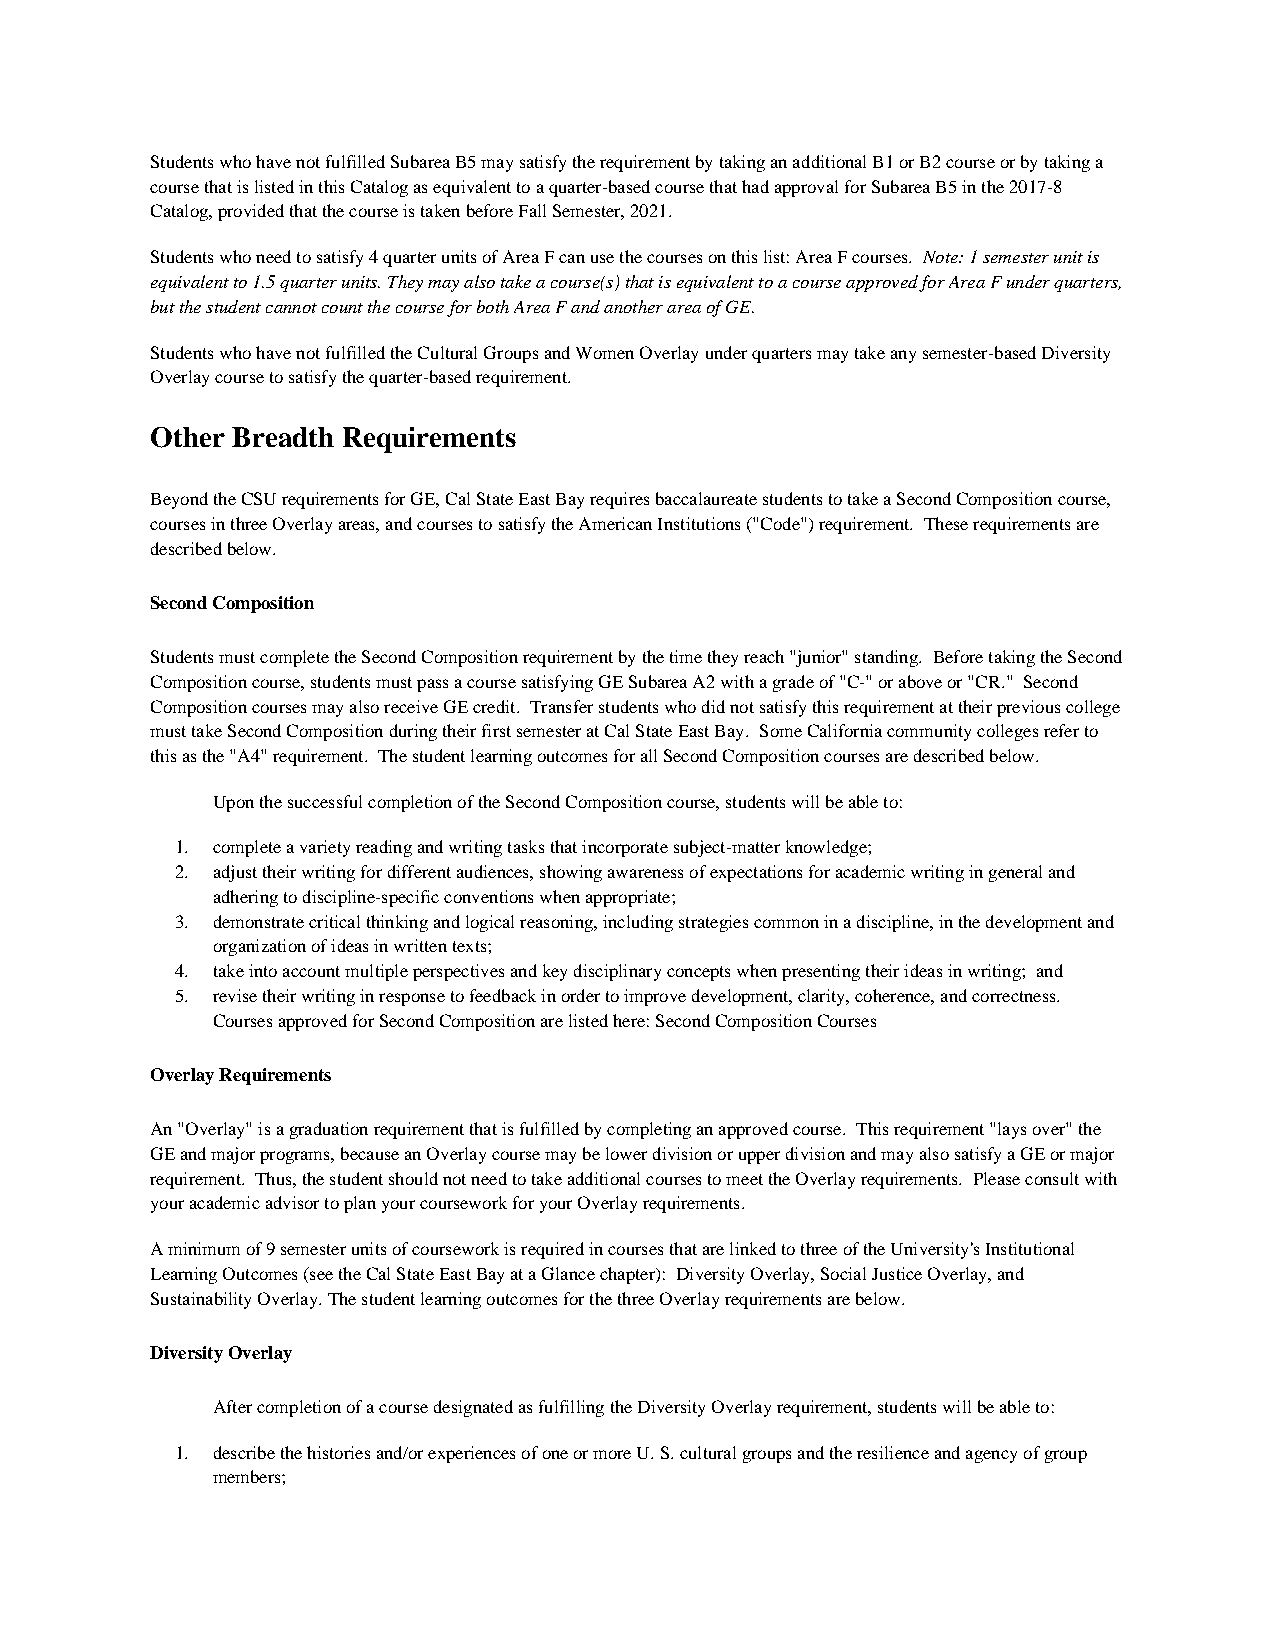
Students who have not fulfilled Subarea B5 may satisfy the requirement by taking an additional B1 or B2 course or by taking a
 course that is listed in this Catalog as equivalent to a quarter-based course that had approval for Subarea B5 in the 2017-8
 Catalog, provided that the course is taken before Fall Semester, 2021.
 Students who need to satisfy 4 quarter units of Area F can use the courses on this list: Area F courses. Note: 1 semester unit is
 equivalent to 1.5 quarter units. They may also take a course(s) that is equivalent to a course approved for Area F under quarters,
 but the student cannot count the course for both Area F and another area of GE.
 Students who have not fulfilled the Cultural Groups and Women Overlay under quarters may take any semester-based Diversity
 Overlay course to satisfy the quarter-based requirement.
 Other Breadth Requirements
 Beyond the CSU requirements for GE, Cal State East Bay requires baccalaureate students to take a Second Composition course,
 courses in three Overlay areas, and courses to satisfy the American Institutions ("Code") requirement. These requirements are
 described below.
 Second Composition
 Students must complete the Second Composition requirement by the time they reach "junior" standing. Before taking the Second
 Composition course, students must pass a course satisfying GE Subarea A2 with a grade of "C-" or above or "CR." Second
 Composition courses may also receive GE credit. Transfer students who did not satisfy this requirement at their previous college
 must take Second Composition during their first semester at Cal State East Bay. Some California community colleges refer to
 this as the "A4" requirement. The student learning outcomes for all Second Composition courses are described below.
 Upon the successful completion of the Second Composition course, students will be able to:
 1. complete a variety reading and writing tasks that incorporate subject-matter knowledge;
 2. adjust their writing for different audiences, showing awareness of expectations for academic writing in general and
 adhering to discipline-specific conventions when appropriate;
 3. demonstrate critical thinking and logical reasoning, including strategies common in a discipline, in the development and
 organization of ideas in written texts;
 4. take into account multiple perspectives and key disciplinary concepts when presenting their ideas in writing; and
 5. revise their writing in response to feedback in order to improve development, clarity, coherence, and correctness.
 Courses approved for Second Composition are listed here: Second Composition Courses
 Overlay Requirements
 An "Overlay" is a graduation requirement that is fulfilled by completing an approved course. This requirement "lays over" the
 GE and major programs, because an Overlay course may be lower division or upper division and may also satisfy a GE or major
 requirement. Thus, the student should not need to take additional courses to meet the Overlay requirements. Please consult with
 your academic advisor to plan your coursework for your Overlay requirements.
 A minimum of 9 semester units of coursework is required in courses that are linked to three of the University's Institutional
 Learning Outcomes (see the Cal State East Bay at a Glance chapter): Diversity Overlay, Social Justice Overlay, and
 Sustainability Overlay. The student learning outcomes for the three Overlay requirements are below.
 Diversity Overlay
 After completion of a course designated as fulfilling the Diversity Overlay requirement, students will be able to:
 1. describe the histories and/or experiences of one or more U. S. cultural groups and the resilience and agency of group
 members;